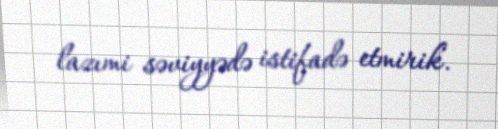
lazımi səviyyədə istifadə etmirik.